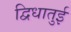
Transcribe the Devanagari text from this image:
द्विधातुई